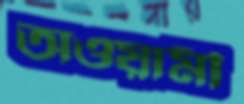
অওয়ামী